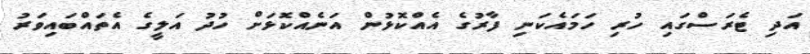
އަދި ޓެރަސްގައި ހުރި ހަމައެކަނި ފާރުގެ އެއްކޮޅުން އަނެއްކޮޅަށް ހުދު އަލީގެ އެތައްބައިވަރު